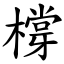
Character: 橕